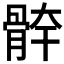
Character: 𩩃